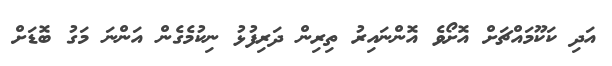
އަދި ކަކޫމައްޗަށް އޮށޯވެ އޮންނައިރު ތިރިން ދަރިފުޅު ނިކުމެގެން އަންނަ މަގު ބޮޑަށް